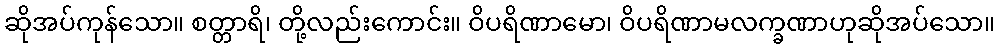
ဆိုအပ်ကုန်သော။ စတ္တာရိ၊ တို့လည်းကောင်း။ ဝိပရိဏာမော၊ ဝိပရိဏာမလက္ခဏာဟုဆိုအပ်သော။